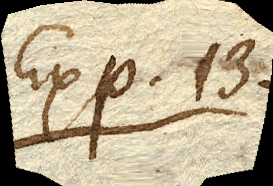
Exp. 13